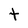
Character: t